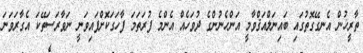
ތާރީޚުން އެނގޭގޮތުގައި ބައިނަލްއަޤްވާމީ އަންހެނުންގެ ދުވަހެއް އެންމެ ފުރަތަމަ ފާހަގަކޮށްފައިވަނީ ނަވާރަސަތޭކަ އެގާރަވަނަ